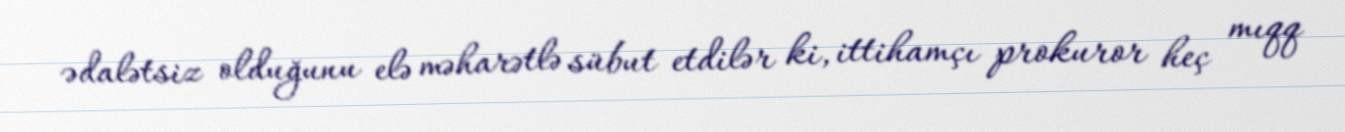
ədalətsiz olduğunu elə məharətlə sübut etdilər ki, ittihamçı prokuror heç mıqq